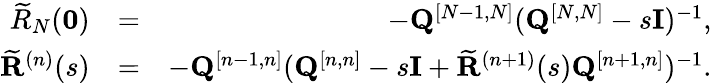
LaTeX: \begin{array}{rlr}{\widetilde R_{N}({\mathbf 0})}&{=}&{-{\mathbf Q}^{[N-1,N]}({\mathbf Q}^{[N,N]}-s{\mathbf I})^{-1},}\\ {\widetilde{\mathbf R}^{(n)}(s)}&{=}&{-{\mathbf Q}^{[n-1,n]}({\mathbf Q}^{[n,n]}-s{\mathbf I}+\widetilde{\mathbf R}^{(n+1)}(s){\mathbf Q}^{[n+1,n]})^{-1}.}\end{array}